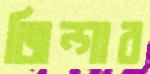
জিন্গার